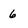
Character: 6